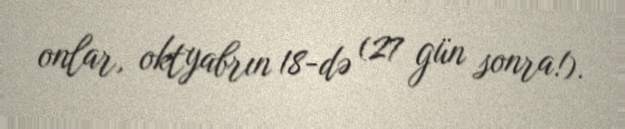
onlar, oktyabrın 18-də (27 gün sonra!).